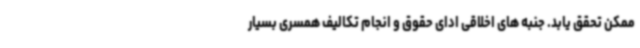
ممکن تحقق یابد. جنبه های اخلاقی ادای حقوق و انجام تکالیف همسری بسیار